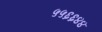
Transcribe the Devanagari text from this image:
५५६६४४